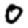
Digit: 0